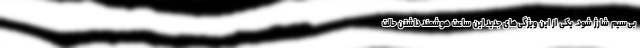
بی‌سیم شارژ شود. یکی از این ویژگی‌های جدید این ساعت هوشمند داشتن حالت